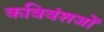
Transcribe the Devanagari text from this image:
कविवंशजों